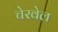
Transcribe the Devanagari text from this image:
चेरवेल